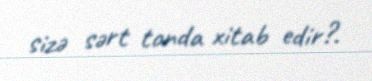
sizə sərt tonda xitab edir?.